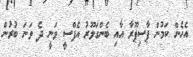
އެހެން ކަމުން ޕާސިޕޫރާ އާއި ބެންގަލޫރު އެފްސީ ވަނީ ދެ ވަނަ ބުރުން